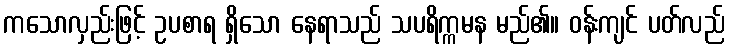
ကသောလှည်းဖြင့် ဥပစာရ ရှိသော နေရာသည် သပရိက္ကမန မည်၏။ ဝန်းကျင် ပတ်လည်